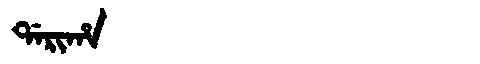
Manchu: ᡩᠠᡵᡳᡥᠠ
Romanization: DARIHA